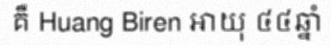
គឺ Huang Biren អាយុ ៤៤ឆ្នាំ